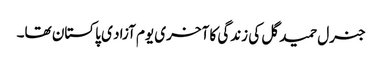
جنرل حمید گل کی زندگی کا آخری یوم آزاد ی پاکستان تھا۔